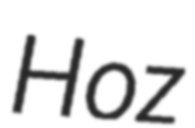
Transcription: Hoz